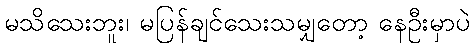
မသိသေးဘူး၊ မပြန်ချင်သေးသမျှတော့ နေဦးမှာပဲ